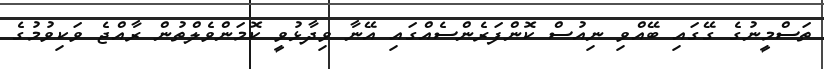
ތަސްމީނުގެ ގޭގައި ބޭއްވި ނިއުސް ކޮންފަރެންސެއްގައި އޭނާ ވިދާޅުވީ ކޮމަންވެލްތުން ރާއްޖެ ވަކިވުމުގެ